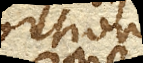
proportione